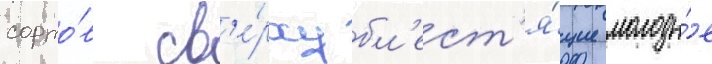
сорто́в св'е́рху бл'ест'я́щие молоды́е